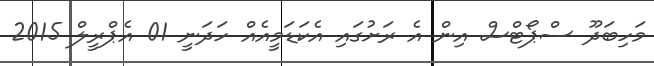
މަހިބަދޫ ސްޕޯޓްސް އިން އެ ރަށުގައި އެކަޑަމީއެއް ހަދަނީ 01 އެޕްރީލް 2015